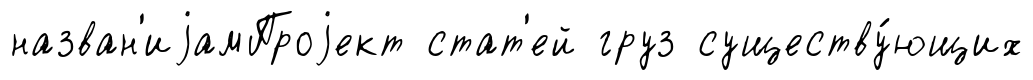
назван'иjамПроjект стат'ей груз существу́ющих